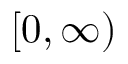
\lbrack 0 , \infty )